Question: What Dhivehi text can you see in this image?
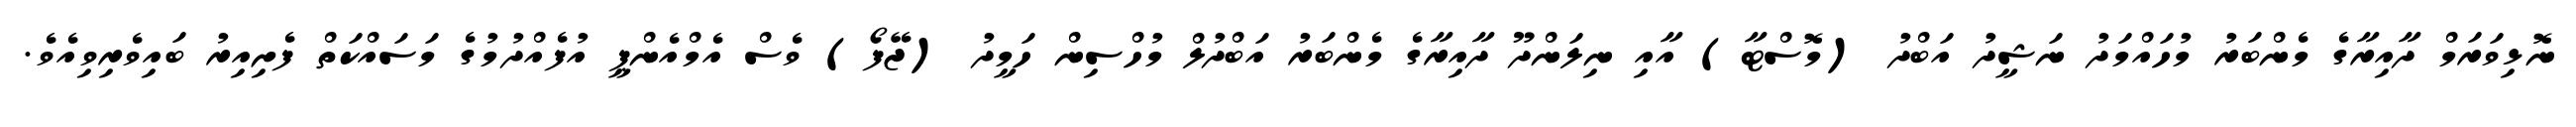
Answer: ނޮޅިވަރަމް ދާއިރާގެ މެންބަރު މުހައްމަދު ނަޝީދު އަބްދު (މޮސްޓާ) އާއި ނިލަންދޫ ދާއިރާގެ މެންބަރު އަބްދުލް މުހްސިން ހަމީދު (ޖޭފޯ) ވެސް އެމްއެންޕީ އުފެއްދުމުގެ މަސައްކަތް ފެށިއިރު ބައިވެރިވިއެވެ.